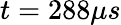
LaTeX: t=288\mu s